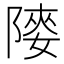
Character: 𨻤